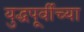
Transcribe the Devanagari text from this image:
युद्धपूर्वीच्या